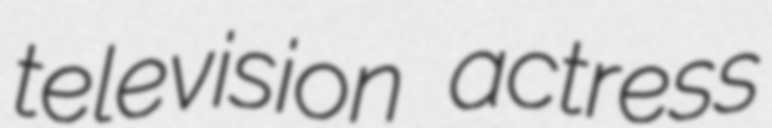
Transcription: television actress